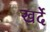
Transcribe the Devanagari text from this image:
खर्दे